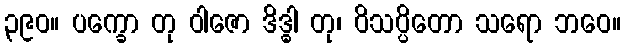
၃၉၀။ ပက္ခော တု ဝါဇော ဒိဒ္ဓါ တု၊ ဝိသပ္ပိတော သရော ဘဝေ။